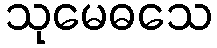
သုမေဓသေ